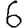
Digit: 6